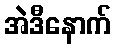
အဲဒီနောက်